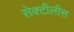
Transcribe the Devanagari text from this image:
सेक्टीलीस